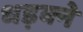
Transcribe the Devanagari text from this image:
धड़क्ने